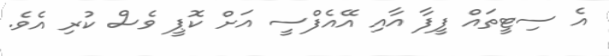
އެ ސިޓީތައް ފީފާ އާއި އޭއެފްސީ އަށް ކޮޕީ ވެސް ކުރި އެވެ.